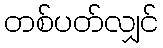
တစ်ပတ်လျှင်